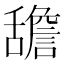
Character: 舚